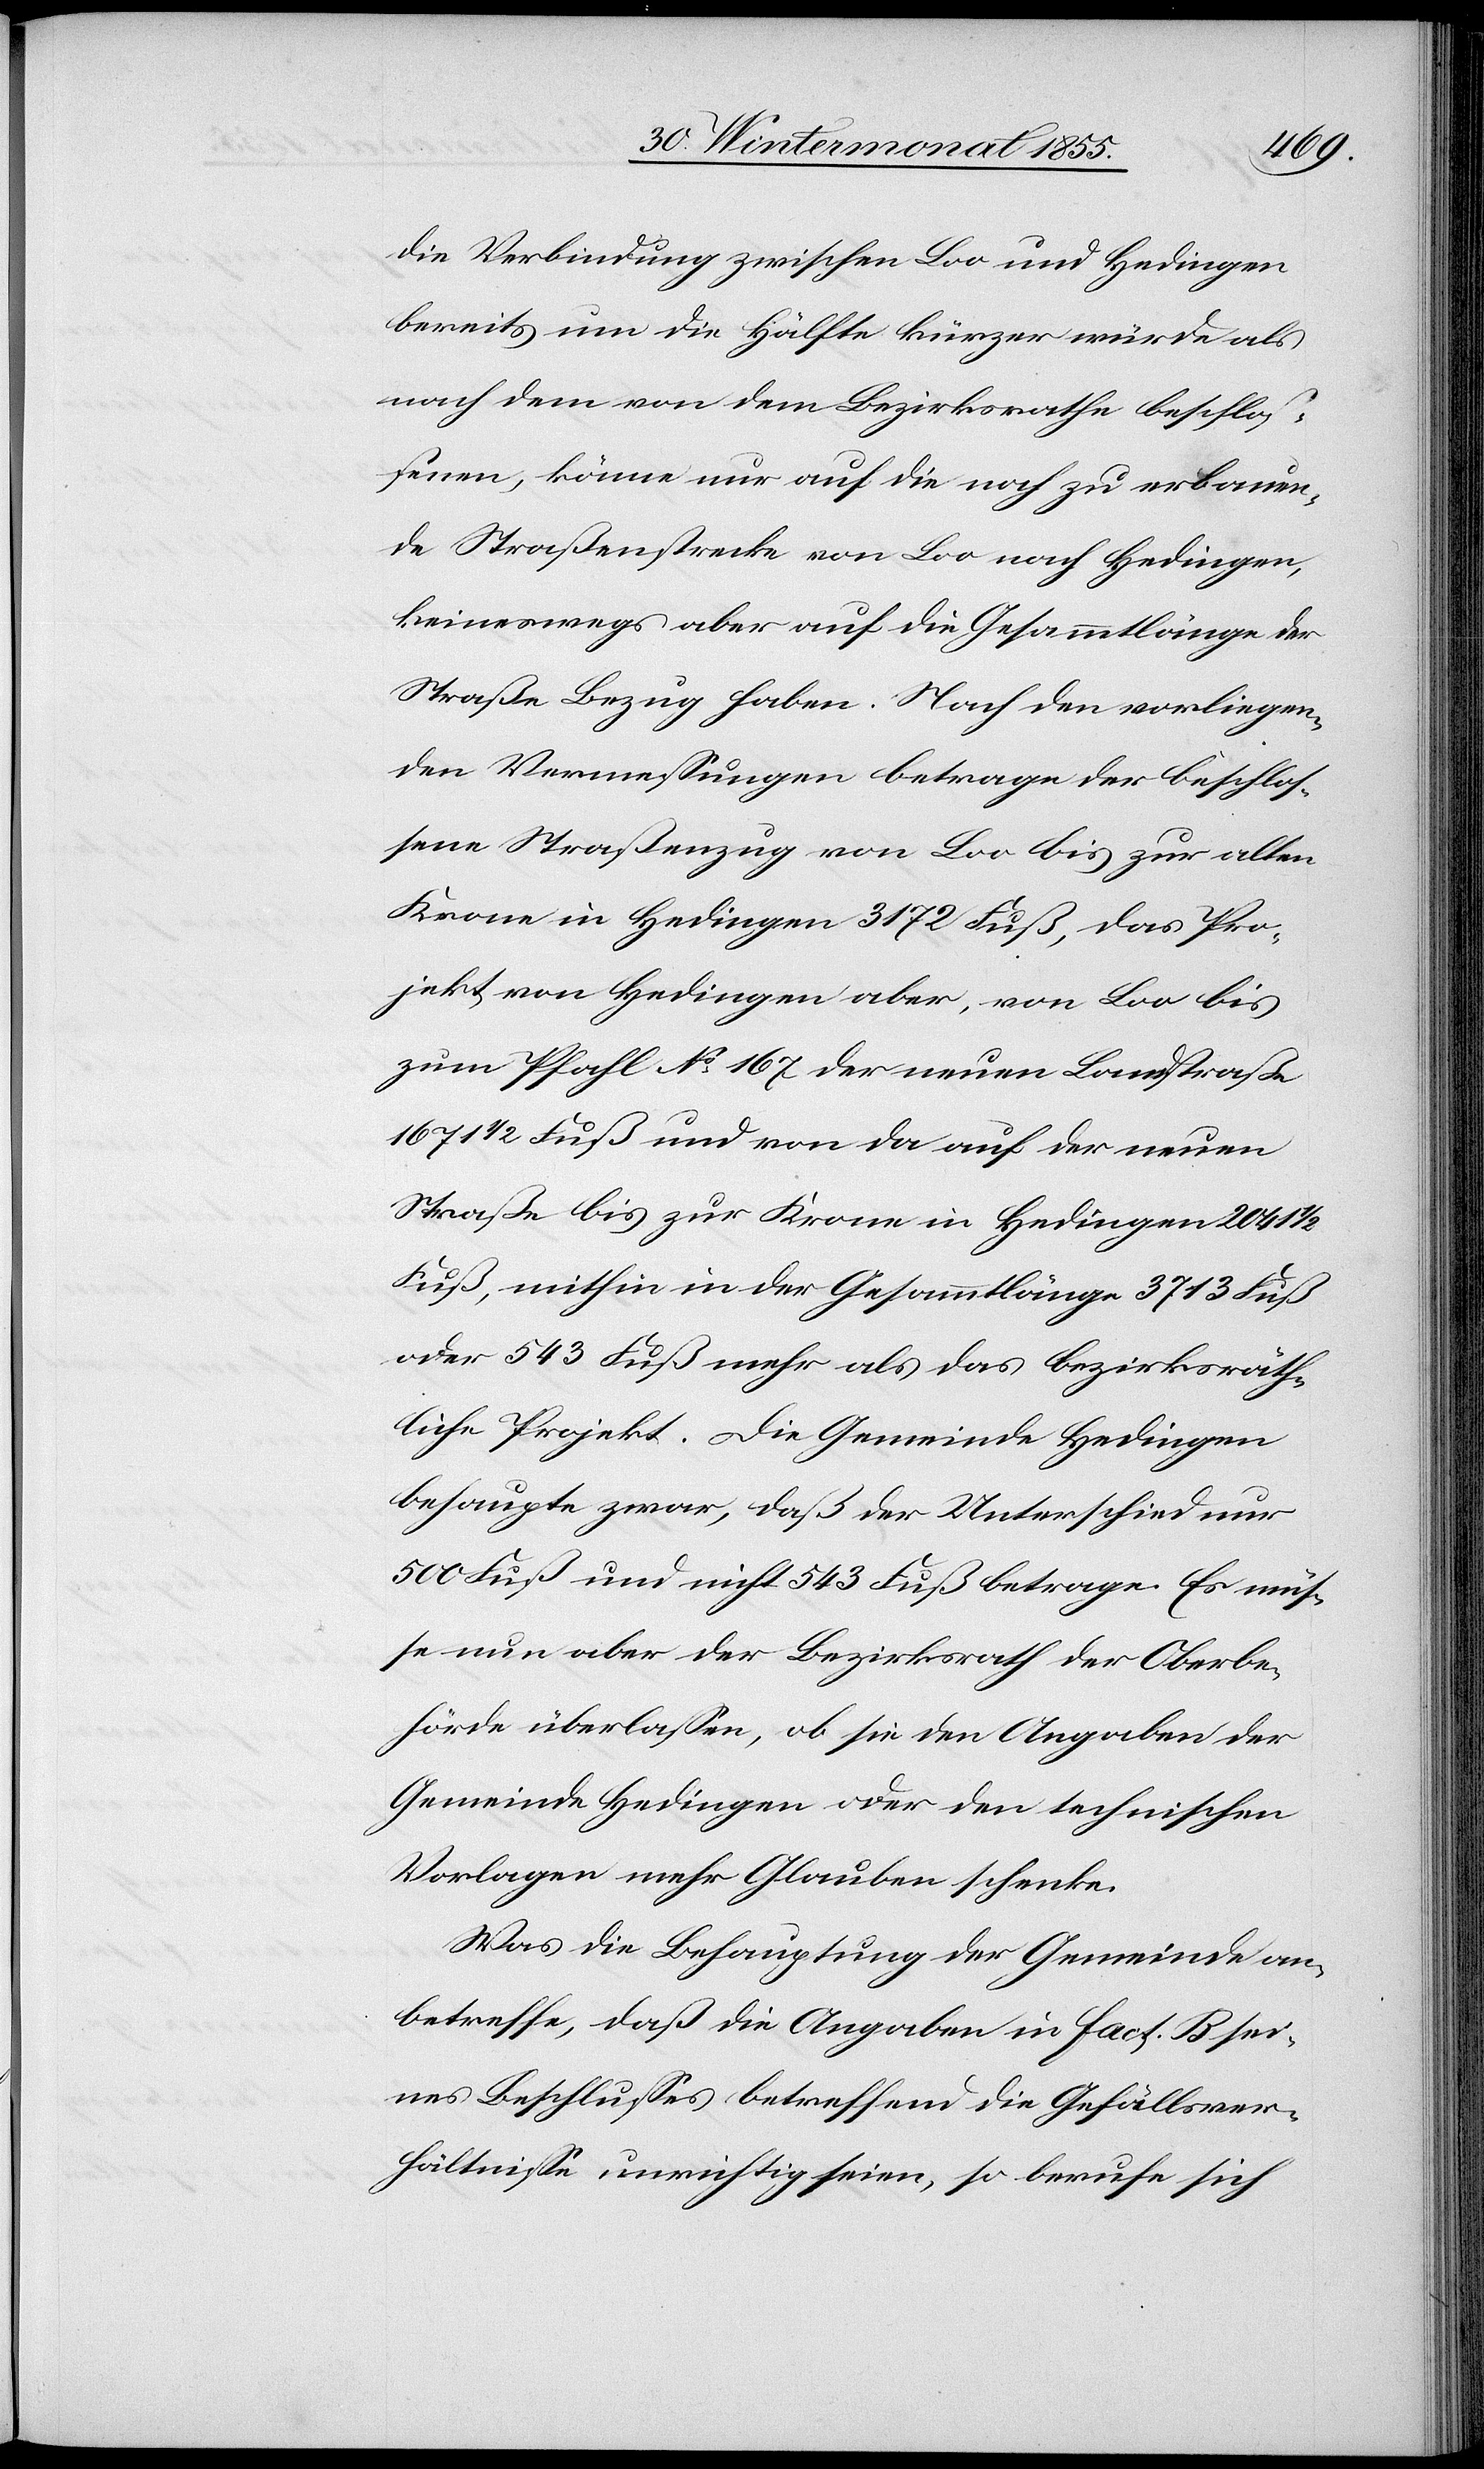
die Verbindung zwischen Loo und Hedingen
bereits um die Hälfte kürzer würde als
nach dem von dem Bezirksrathe beschlos¬
senen, könne nur auf die noch zu erbauen¬
de Straßenstrecke von Loo nach Hedingen,
keineswegs aber auf die Gesammtlänge der
Straße Bezug haben. Nach den vorliegen¬
den Vermessungen betrage der beschlos¬
sene Straßenzug von Loo bis zur alten
Krone in Hedingen 3172 Fuß, das Pro¬
jekt von Hedingen aber, von Loo bis
zum Pfahl No. 167 der neuen Landstraße
1671 1/2 Fuß und von da auf der neuen
Straße bis zur Krone in Hedingen 2041
Fuß, mithin in der Gesammtlänge 3713 Fuß
oder 543 Fuß mehr als das bezirksräth¬
liche Projekt. Die Gemeinde Hedingen
behaupte zwar, daß der Unterschied nur
500 Fuß und nicht 543 Fuß betrage. Es müs¬
se nun aber der Bezirksrath der Oberbe¬
hörde überlassen, ob sie den Angaben der
Gemeinde Hedingen oder den technischen
Vorlagen mehr Glauben schenke.
Was die Behauptung der Gemeinde an¬
betreffe, daß die Angaben in Fact. B sei¬
nes Beschlusses betreffend die Gefällsver¬
hältnisse unrichtig seien, so berufe sich